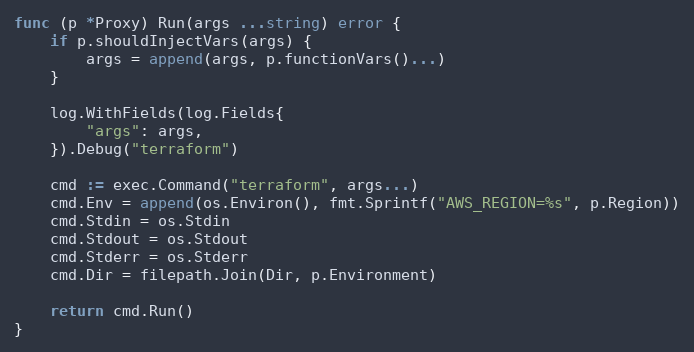
Language: Go
func (p *Proxy) Run(args ...string) error {
	if p.shouldInjectVars(args) {
		args = append(args, p.functionVars()...)
	}

	log.WithFields(log.Fields{
		"args": args,
	}).Debug("terraform")

	cmd := exec.Command("terraform", args...)
	cmd.Env = append(os.Environ(), fmt.Sprintf("AWS_REGION=%s", p.Region))
	cmd.Stdin = os.Stdin
	cmd.Stdout = os.Stdout
	cmd.Stderr = os.Stderr
	cmd.Dir = filepath.Join(Dir, p.Environment)

	return cmd.Run()
}